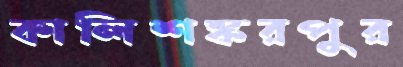
কালিশঙ্করপুর